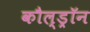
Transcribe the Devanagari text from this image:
कौल्ड्रॉन